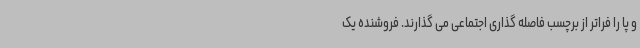
و پا را فراتر از برچسب فاصله گذاری اجتماعی می گذارند. فروشنده یک